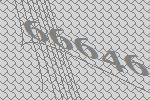
66646